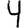
Digit: 4